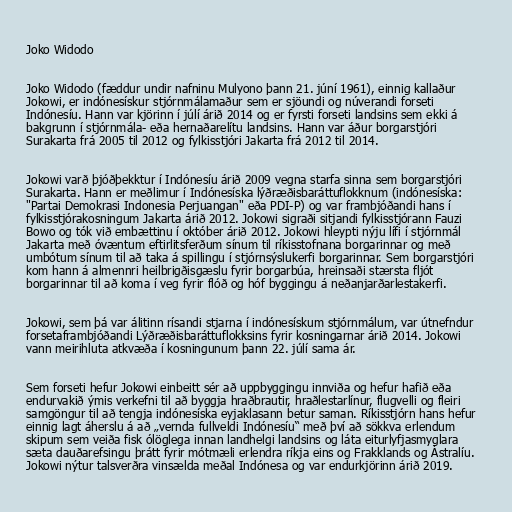
Joko Widodo

Joko Widodo (fæddur undir nafninu Mulyono þann 21. júní 1961), einnig kallaður
Jokowi, er indónesískur stjórnmálamaður sem er sjöundi og núverandi forseti
Indónesíu. Hann var kjörinn í júlí árið 2014 og er fyrsti forseti landsins sem ekki á
bakgrunn í stjórnmála- eða hernaðarelítu landsins. Hann var áður borgarstjóri
Surakarta frá 2005 til 2012 og fylkisstjóri Jakarta frá 2012 til 2014.

Jokowi varð þjóðþekktur í Indónesíu árið 2009 vegna starfa sinna sem borgarstjóri
Surakarta. Hann er meðlimur í Indónesíska lýðræðisbaráttuflokknum (indónesíska:
"Partai Demokrasi Indonesia Perjuangan" eða PDI-P) og var frambjóðandi hans í
fylkisstjórakosningum Jakarta árið 2012. Jokowi sigraði sitjandi fylkisstjórann Fauzi
Bowo og tók við embættinu í október árið 2012. Jokowi hleypti nýju lífi í stjórnmál
Jakarta með óvæntum eftirlitsferðum sínum til ríkisstofnana borgarinnar og með
umbótum sínum til að taka á spillingu í stjórnsýslukerfi borgarinnar. Sem borgarstjóri
kom hann á almennri heilbrigðisgæslu fyrir borgarbúa, hreinsaði stærsta fljót
borgarinnar til að koma í veg fyrir flóð og hóf byggingu á neðanjarðarlestakerfi.

Jokowi, sem þá var álitinn rísandi stjarna í indónesískum stjórnmálum, var útnefndur
forsetaframbjóðandi Lýðræðisbaráttuflokksins fyrir kosningarnar árið 2014. Jokowi
vann meirihluta atkvæða í kosningunum þann 22. júlí sama ár.

Sem forseti hefur Jokowi einbeitt sér að uppbyggingu innviða og hefur hafið eða
endurvakið ýmis verkefni til að byggja hraðbrautir, hraðlestarlínur, flugvelli og fleiri
samgöngur til að tengja indónesíska eyjaklasann betur saman. Ríkisstjórn hans hefur
einnig lagt áherslu á að „vernda fullveldi Indónesíu“ með því að sökkva erlendum
skipum sem veiða fisk ólöglega innan landhelgi landsins og láta eiturlyfjasmyglara
sæta dauðarefsingu þrátt fyrir mótmæli erlendra ríkja eins og Frakklands og Ástralíu.
Jokowi nýtur talsverðra vinsælda meðal Indónesa og var endurkjörinn árið 2019.